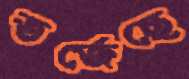
তর্জেছে